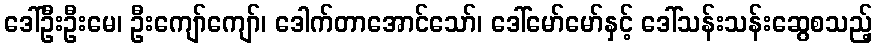
ဒေါ်ဦးဦးမေ၊ ဦးကျော်ကျော်၊ ဒေါက်တာအောင်သော်၊ ဒေါ်မော်မော်နှင့် ဒေါ်သန်းသန်းဆွေစသည့်